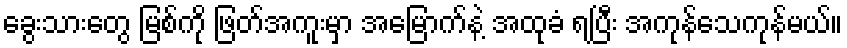
ခွေးသားတွေ မြစ်ကို ဖြတ်အကူးမှာ အမြောက်နဲ့ အထုခံ ရပြီး အကုန်သေကုန်မယ်။